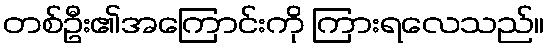
တစ်ဦး၏အကြောင်းကို ကြားရလေသည်။